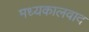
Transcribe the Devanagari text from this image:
मध्यकालवाद